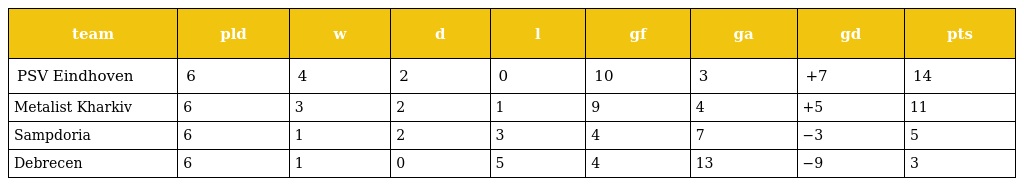
| team | pld | w | d | l | gf | ga | gd | pts |
 | --- | --- | --- | --- | --- | --- | --- | --- | --- |
 | PSV Eindhoven | 6 | 4 | 2 | 0 | 10 | 3 | +7 | 14 |
 | Metalist Kharkiv | 6 | 3 | 2 | 1 | 9 | 4 | +5 | 11 |
 | Sampdoria | 6 | 1 | 2 | 3 | 4 | 7 | −3 | 5 |
 | Debrecen | 6 | 1 | 0 | 5 | 4 | 13 | −9 | 3 |